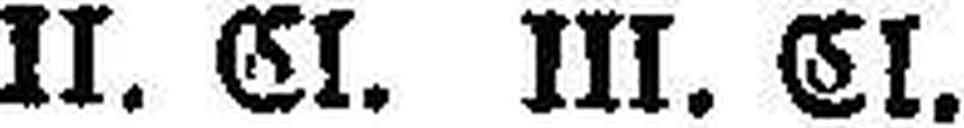
II. CI. III. Cl.